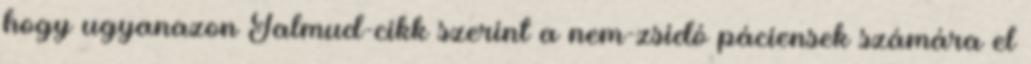
hogy ugyanazon Talmud-cikk szerint a nem-zsidó páciensek számára el